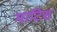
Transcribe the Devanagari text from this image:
माटिस